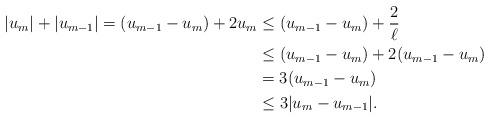
LaTeX: \begin{align*}|u_m|+|u_{m-1}|=(u_{m-1}-u_m)+2u_m &\leq (u_{m-1}-u_m)+\frac{2}{\ell} \\&\leq (u_{m-1}-u_m)+2(u_{m-1}-u_m) \\&=3(u_{m-1}-u_m) \\&\leq 3|u_m-u_{m-1}|.\end{align*}